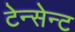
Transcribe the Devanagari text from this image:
टेन्सेन्ट